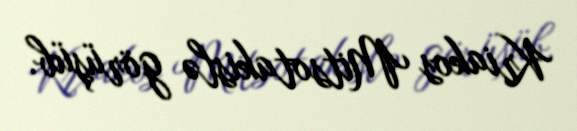
Kriakos Mitsotakislə görüşüb.